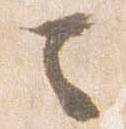
ニ